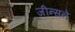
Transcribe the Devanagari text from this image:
जीन्सने